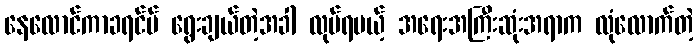
နေလောင်ကာခရင်မ် ရွေးချယ်တဲ့အခါ လုပ်ရမယ့် အရေးအကြီးဆုံးအရာက လုံလောက်တဲ့